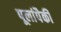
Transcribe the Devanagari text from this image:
पूलांपैकी